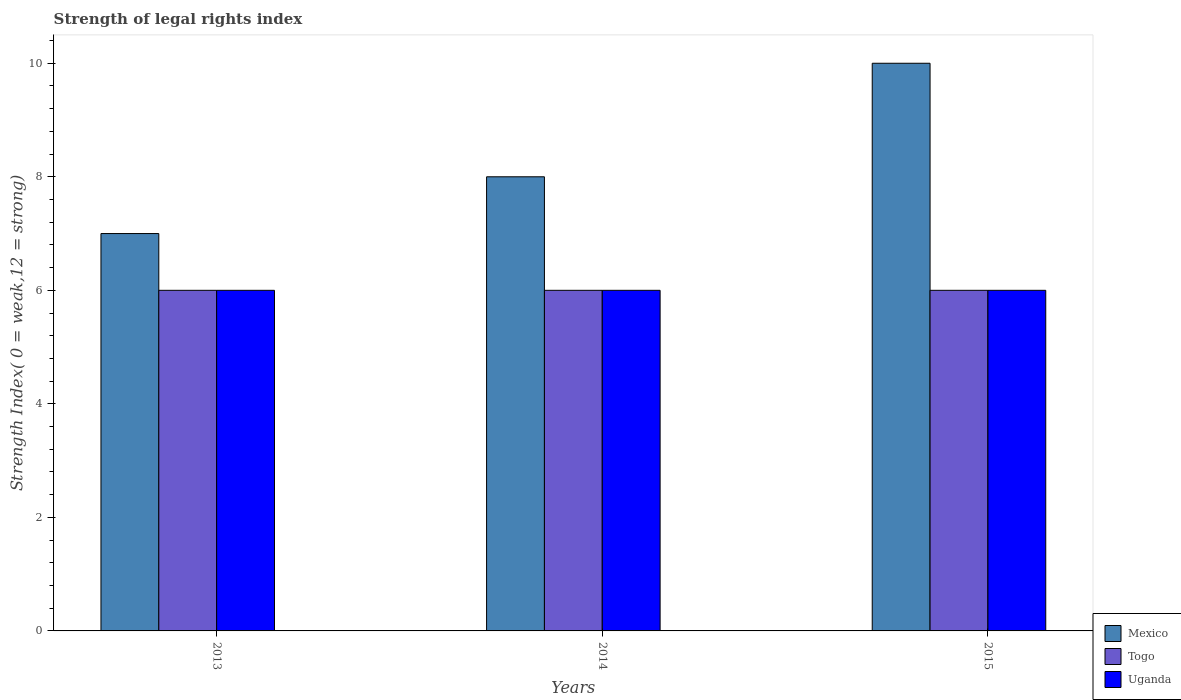
| Years | Mexico | Togo | Uganda |
 | --- | --- | --- | --- |
 | 2013 | 7 | 6 | 6 |
 | 2014 | 8 | 6 | 6 |
 | 2015 | 10 | 6 | 6 |